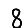
Digit: 8